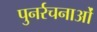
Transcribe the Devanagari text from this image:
पुनर्रचनाओं